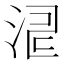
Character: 𣵬